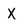
Character: X